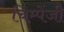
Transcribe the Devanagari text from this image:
चिम्पेंजी